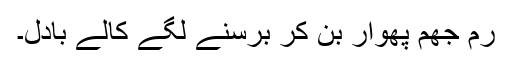
رم جھم پھوار بن کر برسنے لگے کالے بادل۔